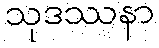
သုဒဿနာ